Lunatic asylums United Prov. 1922-30 - 1922-1930
Year: 1922
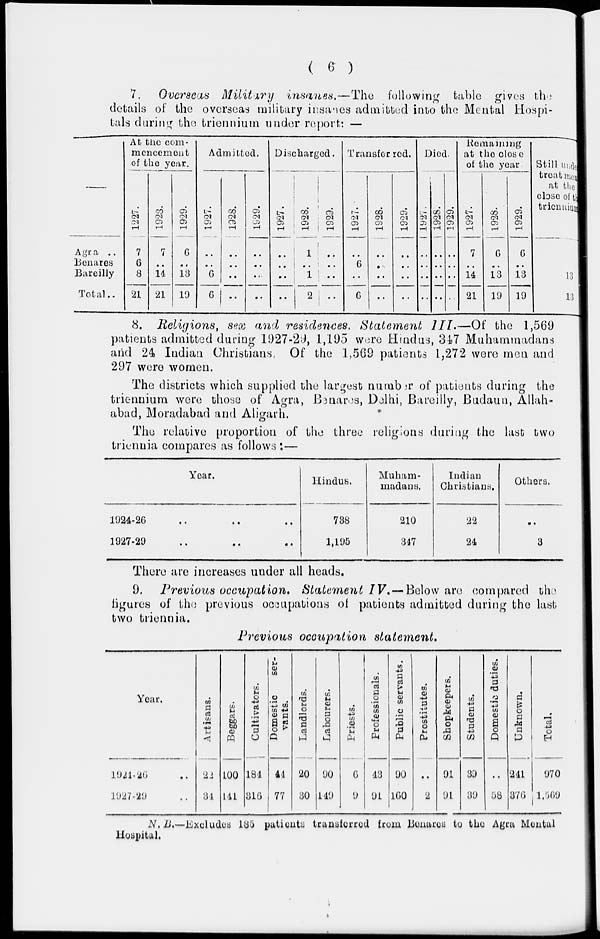
( 6 )
7. Overseas Military insanes.—The
following table gives the
details of the overseas military insanes admitted into the Mental Hospi-
tals during the triennium under report: —
Agra ..
Benares
Bareilly
Total..
At the com-
mencement
of the year.
1227.
7
6
8
21
1923.
7
..
14
21
1929.
6
..
13
19
Admitted.
1927.
..
..
6
6
1928.
..
..
..
..
1929.
..
..
..
..
Discharged.
1927.
..
..
..
..
1928.
1
..
1
2
1929.
..
..
..
..
Transferred.
1927.
..
6
..
6
1928.
..
..
..
..
1929.
..
..
..
..
Died.
1927.
..
..
..
..
1928.
..
..
..
..
1929.
..
..
..
..
Remaining
at the close
of the year
1927.
7
..
14
21
1928.
6
..
13
19
1929.
6
..
13
19
Still made
treatment
at the
close of the
triennium
13
13
8. Religions, sex and residences. Statement III.—Of the 1,569
patients admitted during 1927-29, 1,195 were Hindus, 347 Muhammadans
and 24 Indian Christians, Of the 1,569 patients 1,272 were men and
297 were women.
The districts which supplied the largest number of patients during the
triennium were those of Agra, Benares, Delhi, Bareilly, Budaun, Allah-
abad, Moradabad and Aligarh.
The relative proportion of the three religions during the last two
triennia compares as follows :—
Year.
1924-26 .. .. .. ..
1927-29 .. .. .. ..
Hindus.
738
1,195
Muham-
madans.
210
347
Indian
Christians.
22
24
Others.
..
3
There are increases under all heads.
9. Previous occupation. Statement IV. —Below are compared the
figures of the previous occupations of patients admitted during the last
two triennia.
Previous occupation
statement.
Year.
1924-26 ..
1927-29 ..
Artisans.
22
34
Beggars.
100
141
Cultivators.
184
316
Domestic
ser-
vants.
44
77
Landlords.
20
30
Labourers.
90
149
Priests.
6
9
Professionals.
43
91
Public servants.
90
160
Prostitutes.
..
2
Shopkeepers.
91
91
Students.
39
39
Domestic duties.
..
58
Unknown.
241
376
Total.
970
1,569
N.B.—-Excludes 185 patients transferred from Benares to the Agra Mental
Hospital.